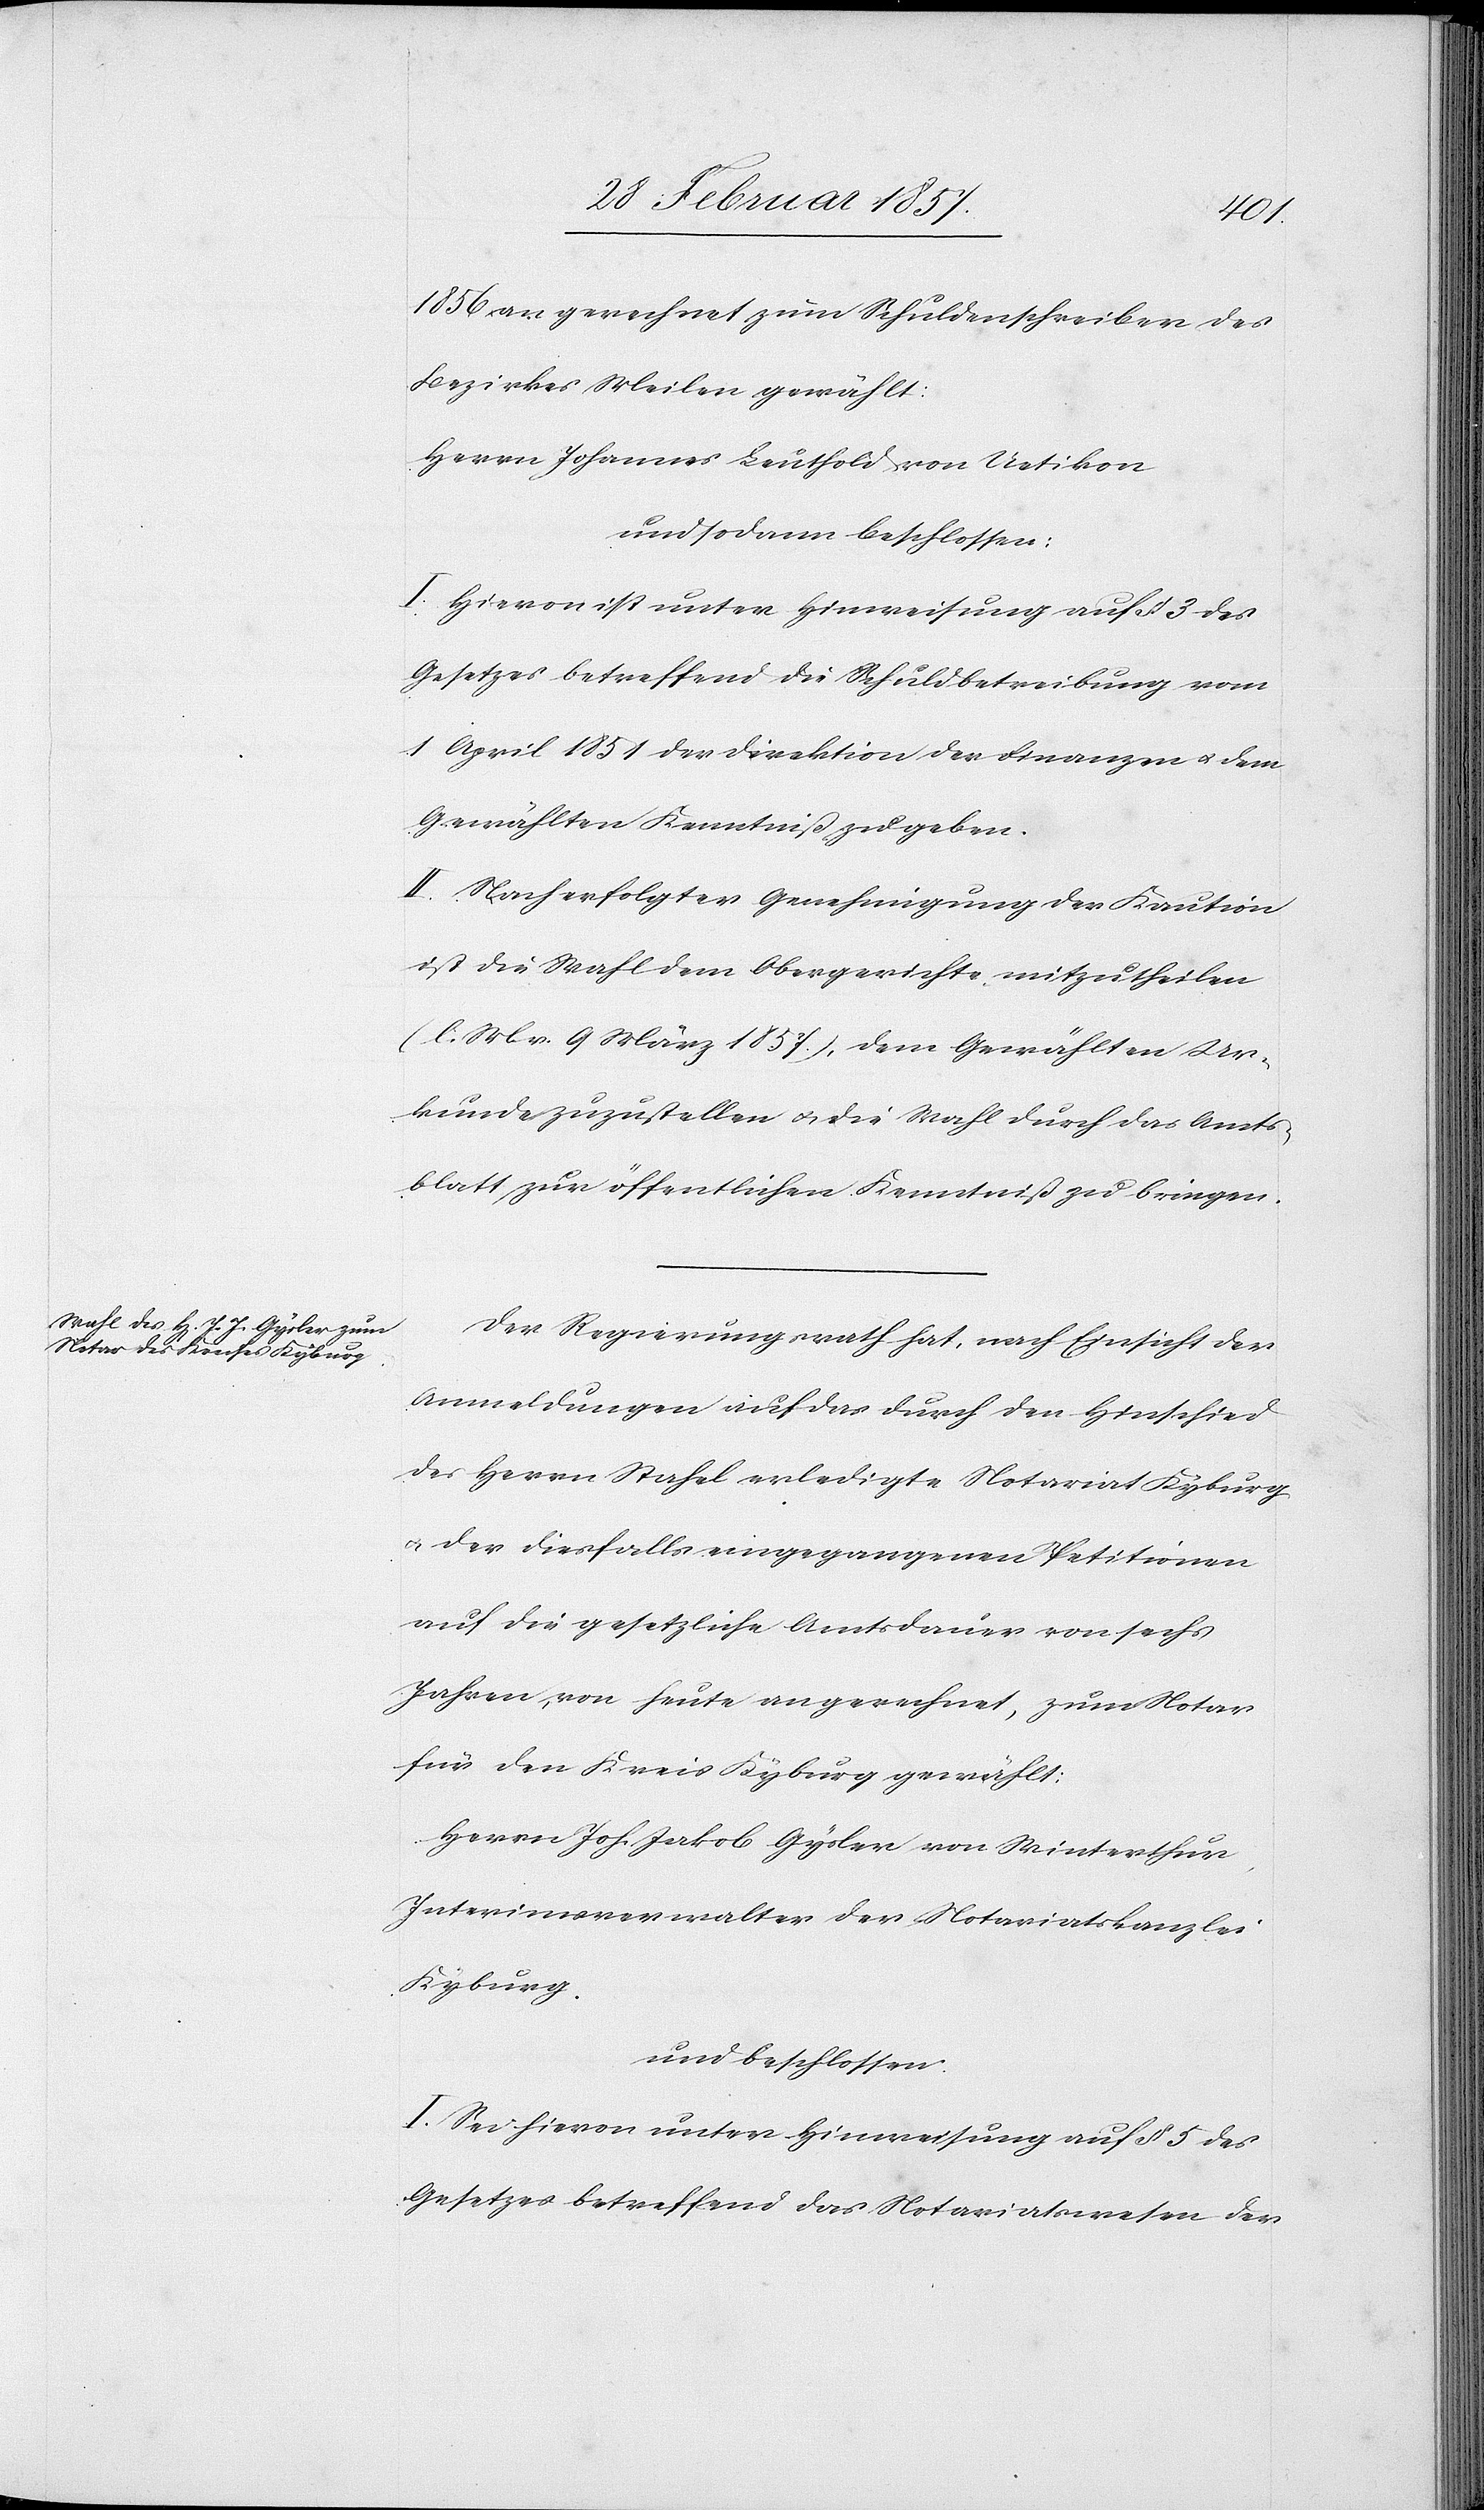
1856 an gerechnet zum Schuldenschreiber des
Bezirkes Meilen gewählt:
Herrn Johannes Leuthold von Uetikon
und sodann beschlossen:
I. Hievon ist unter Hinweisung auf § 3 des
Gesetzes betreffend die Schuldbetreibung vom
1 April 1851 der Direktion der Finanzen u. dem
Gewählten Kenntniß zu geben.
II. Nach erfolgter Genehmigung der Kaution
ist die Wahl dem Obergerichte mitzutheilen
(l. M. v. 9 März 1857), dem Gewählten Ur¬
kunde zuzustellen u. die Wahl durch das Amts¬
blatt zur öffentlichen Kenntniß zu bringen.
Der Regierungsrath hat, nach Einsicht der
Anmeldungen auf das durch den Hinschied
des Herrn Stahel erledigte Notariat Kyburg
u. der diesfalls eingegangenen Petitionen
auf die gesetzliche Amtsdauer von sechs
Jahren, von heute an gerechnet, zum Notar
für den Kreis Kyburg gewählt:
Herrn Joh. Jakob Gysler von Winterthur,
Interimsverwalter der Notariatskanzlei
Kyburg.
und beschlossen:
I. Sei hievon unter Hinweisung auf § 5 des
Gesetzes betreffend das Notariatswesen der